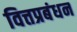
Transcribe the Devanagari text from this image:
वित्तप्रबंधन